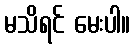
မသိရင် မေးပါ။